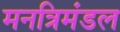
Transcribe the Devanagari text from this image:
मनत्रिमंडल